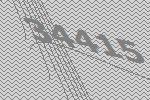
34415